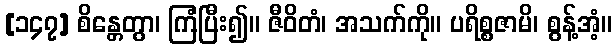
[၁၄၇] စိန္တေတွာ၊ ကြံပြီး၍။ ဇီဝိတံ၊ အသက်ကို။ ပရိစ္စဇာမိ၊ စွန့်အံ့။